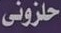
حلزوني